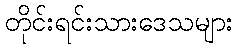
တိုင်းရင်းသားဒေသများ